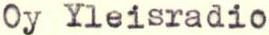
Oy Yleisradio